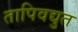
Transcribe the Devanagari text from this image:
तापिवद्युत